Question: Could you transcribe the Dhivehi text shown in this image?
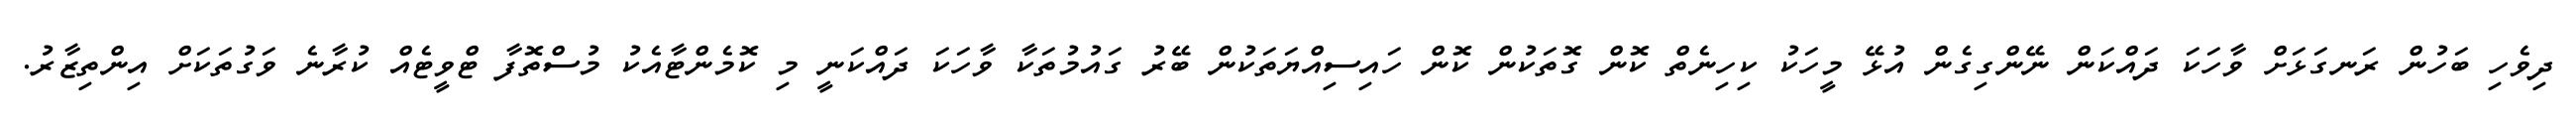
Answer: ދިވެހި ބަހުން ރަނގަޅަށް ވާހަކަ ދައްކަން ނޭންގިގެން އުޅޭ މީހަކު ކިހިނެތް ކޮން ގޮތަކުން ކޮން ހައިސިއްޔަތަކުން ބޭރު ގައުމުތަކާ ވާހަކަ ދައްކަނީ މި ކޮމެންޓާއެކު މުސްތޮފާ ޓްވީޓެއް ކުރާނެ ވަގުތަކަށް އިންތިޒާރު.